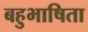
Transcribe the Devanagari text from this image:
बहुभाषिता